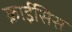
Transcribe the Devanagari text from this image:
क्राईसिस